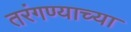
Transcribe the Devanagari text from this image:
तरंगण्याच्या